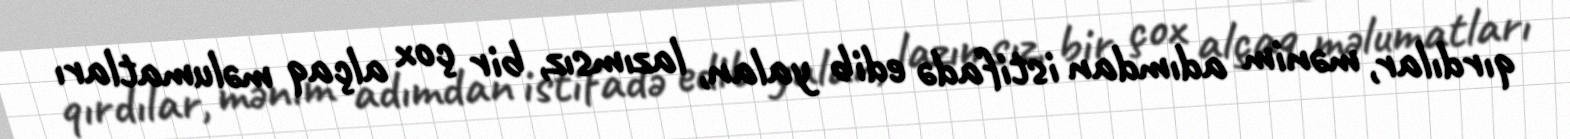
qırdılar, mənim adımdan istifadə edib yalan, lazımsız, bir çox alçaq məlumatları